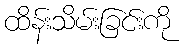
ထိန်းသိမ်းခြင်းကို